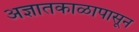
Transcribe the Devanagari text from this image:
अज्ञातकाळापासून